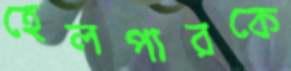
হেলপারকে